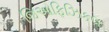
જિઓફિઝિકલ